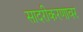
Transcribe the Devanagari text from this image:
सादरीकरणावर